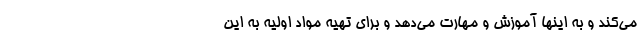
می‌کند و به اینها آموزش و مهارت می‌دهد و برای تهیه مواد اولیه به این